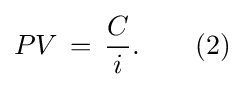
PV\,=\,{\frac {C}{i}}.\qquad (2)